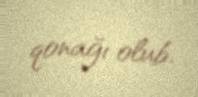
qonağı olub.